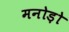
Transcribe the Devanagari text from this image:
मनोड़ो